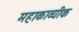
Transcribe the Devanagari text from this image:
महाकाव्यीक